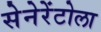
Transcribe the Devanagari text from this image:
सेनेरेंटोला